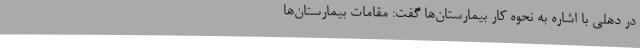
در دهلی با اشاره به نحوه کار بیمارستان‌ها گفت: مقامات بیمارستان‌ها